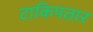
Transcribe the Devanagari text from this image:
टाकिपठार